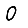
Digit: 0